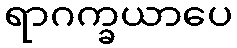
ရာဂက္ခယာပေ